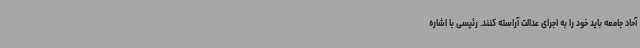
آحاد جامعه باید خود را به اجرای عدالت آراسته کنند. رئیسی با اشاره